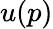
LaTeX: u(p)